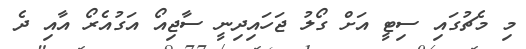
މި މެޗުގައި ސިޓީ އަށް ގޯލު ޖަހައިދިނީ ސާޖިއޯ އަގުއެރޯ އާއި ދެ